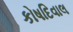
કોષદિવાલ